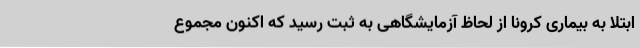
ابتلا به بیماری کرونا از لحاظ آزمایشگاهی به ثبت رسید که اکنون مجموع